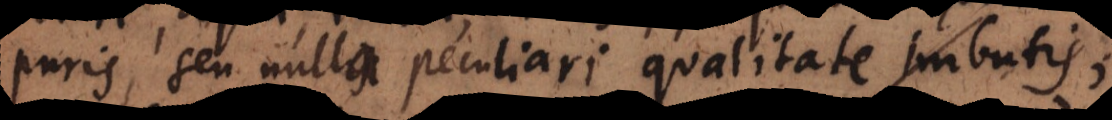
puris, seu nulla peculiari qualitate imbutis;